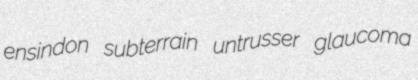
ensindon subterrain untrusser glaucoma